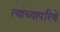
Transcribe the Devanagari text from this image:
त्यांच्यापरिणे